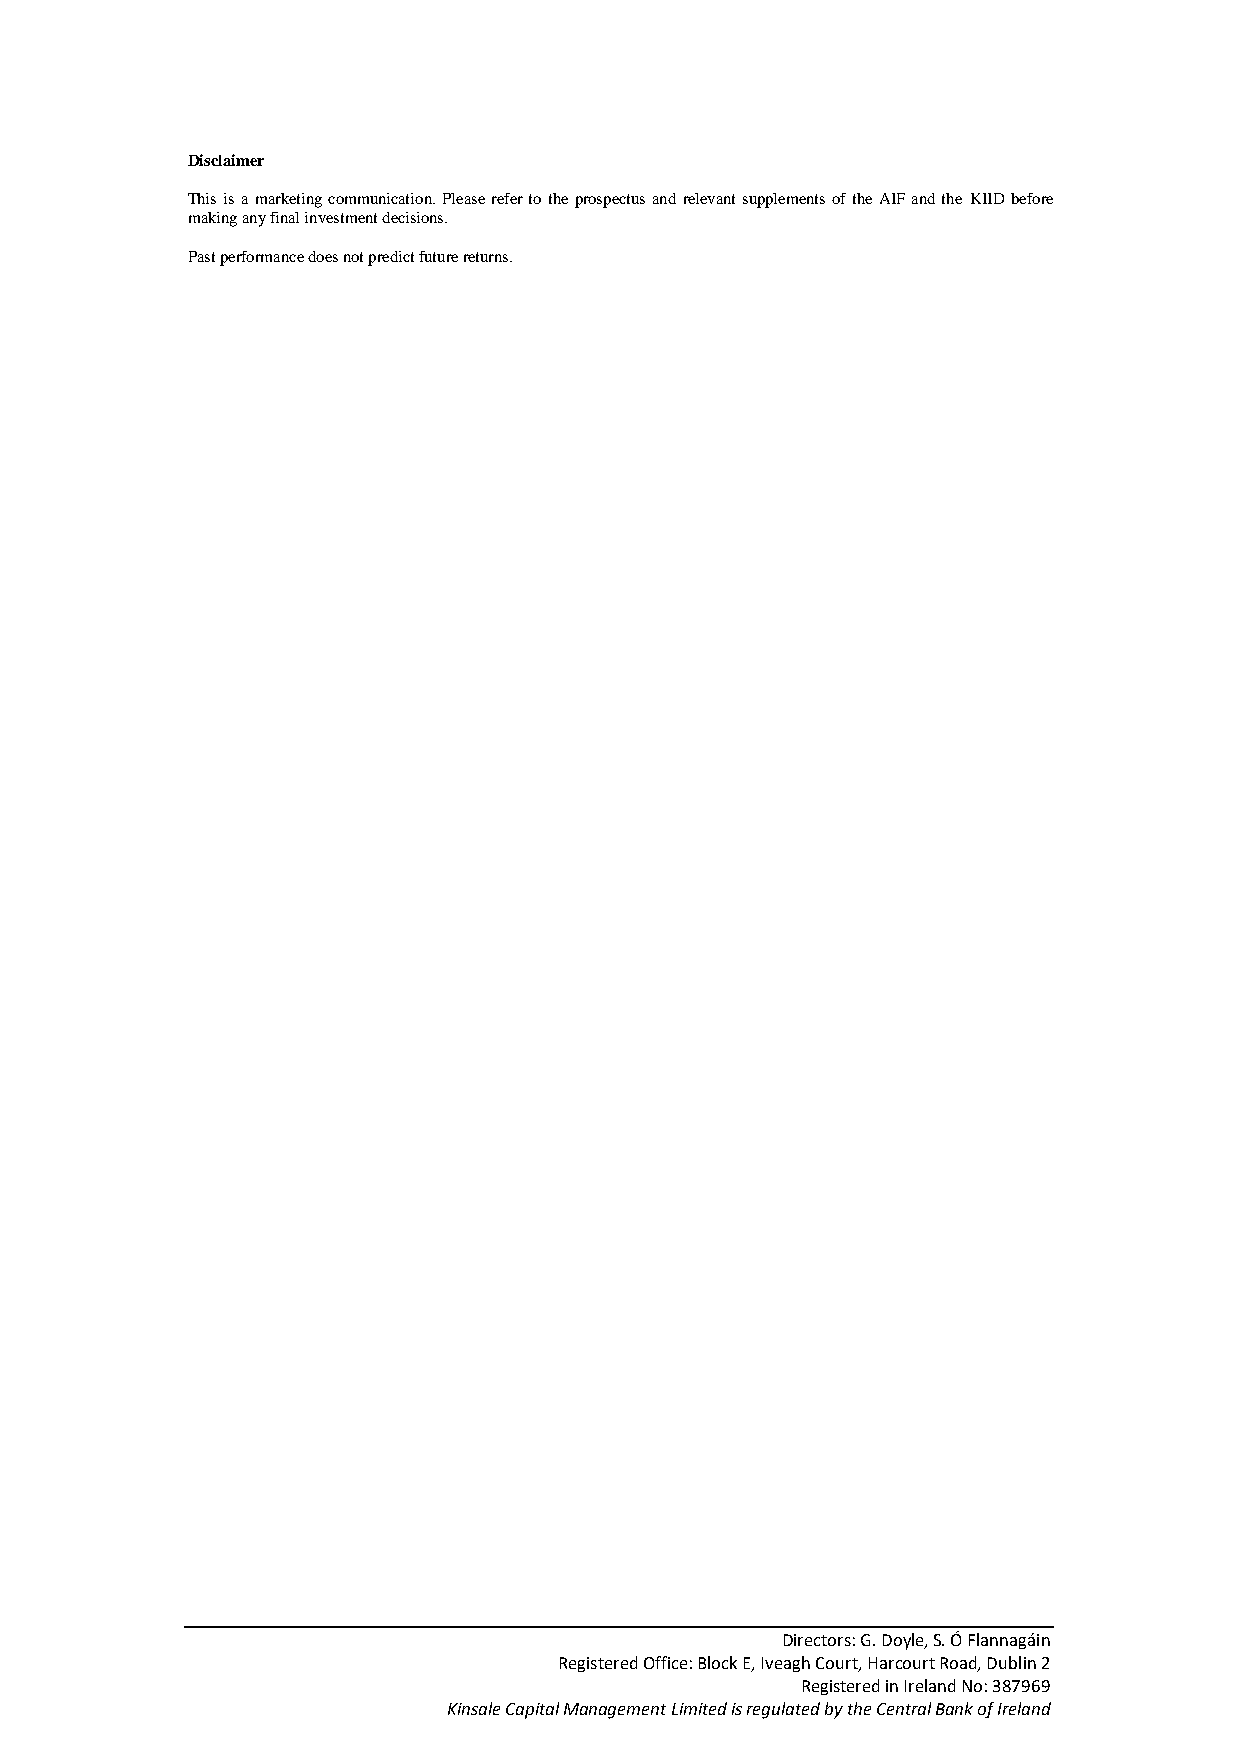
Disclaimer
 This is a marketing communication. Please refer to the prospectus and relevant supplements of the AIF and the KIID before
 making any final investment decisions.
 Past performance does not predict future returns.
 Directors: G. Doyle, S. Ó Flannagáin
 Registered Office: Block E, Iveagh Court, Harcourt Road, Dublin 2
 Registered in Ireland No: 387969
 Kinsale Capital Management Limited is regulated by the Central Bank of Ireland